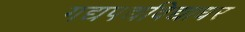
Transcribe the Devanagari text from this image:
गद्यपद्यविद्याधर